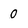
Character: 0